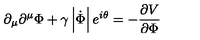
\partial _ { \mu } \partial ^ { \mu } \Phi + \gamma \left| \dot { \Phi } \right| e ^ { i \theta } = - \frac { \partial V } { \partial \Phi }